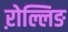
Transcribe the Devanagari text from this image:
ऱोल्लिङ